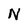
Character: N